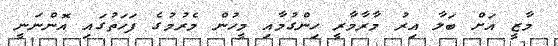
މާޒީ އަށް ބަލާ އިރު މާރާމާރީ ހިންގުމާއި މީހުން މެރުމުގެ ފަހަތުގައި އޮންނަނީ